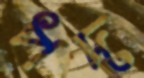
পদ